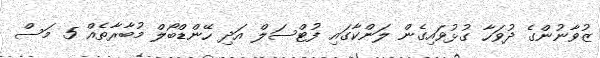
ޒުވާނުންގެ ދުވަހާ ގުޅުވައިގެން ލަންކާގައި ފުޓްސަލް އަދި ހޭންޑްބޯލް މުބާރާތެއް 5 މަސް